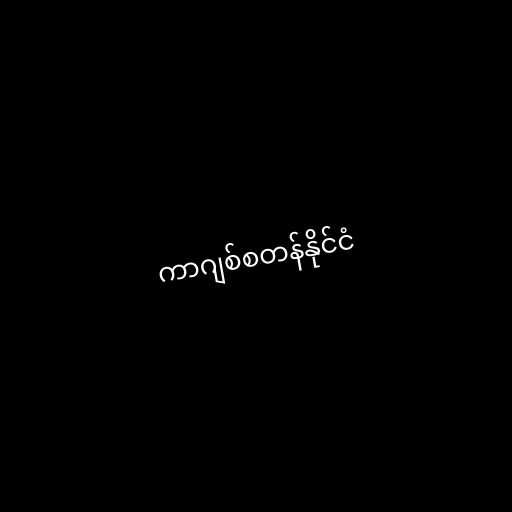
ကာဂျစ်စတန်နိုင်ငံ